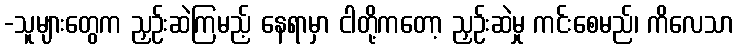
-သူများတွေက ညှဉ်းဆဲကြမည့် နေရာမှာ ငါတို့ကတော့ ညှဉ်းဆဲမှု ကင်းစေမည်၊ ကိလေသာ